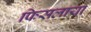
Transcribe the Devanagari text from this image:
फिसलाया